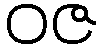
ဝဇ